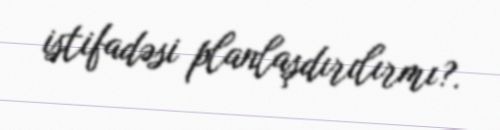
istifadəsi planlaşdırılırmı?.